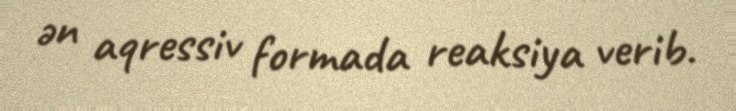
ən aqressiv formada reaksiya verib.